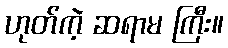
ဟုတ်ကဲ့ ဆရာမ ကြီး။